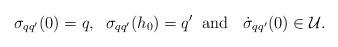
LaTeX: \begin{align*}\sigma_{qq'}(0) = q, \; \; \sigma_{qq'}(h_{0}) = q' \; \; \mbox{and } \; \; \dot{\sigma}_{qq'}(0) \in {\mathcal U}.\end{align*}